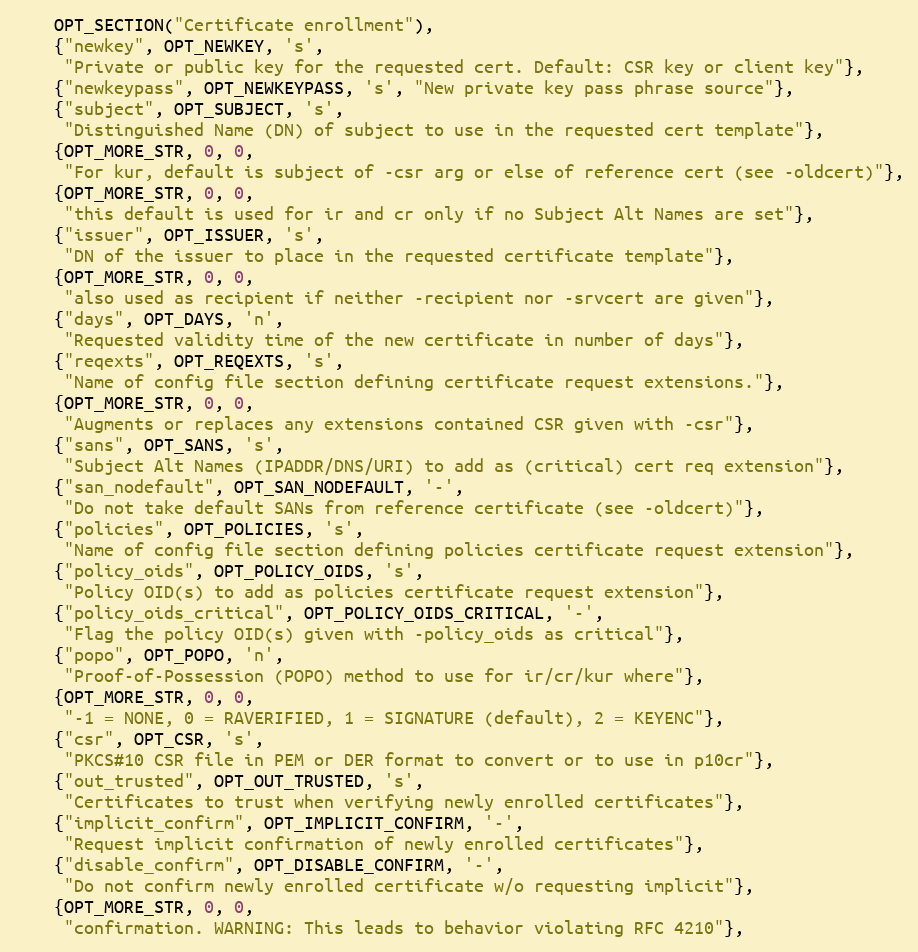
Language: C
    OPT_SECTION("Certificate enrollment"),
    {"newkey", OPT_NEWKEY, 's',
     "Private or public key for the requested cert. Default: CSR key or client key"},
    {"newkeypass", OPT_NEWKEYPASS, 's', "New private key pass phrase source"},
    {"subject", OPT_SUBJECT, 's',
     "Distinguished Name (DN) of subject to use in the requested cert template"},
    {OPT_MORE_STR, 0, 0,
     "For kur, default is subject of -csr arg or else of reference cert (see -oldcert)"},
    {OPT_MORE_STR, 0, 0,
     "this default is used for ir and cr only if no Subject Alt Names are set"},
    {"issuer", OPT_ISSUER, 's',
     "DN of the issuer to place in the requested certificate template"},
    {OPT_MORE_STR, 0, 0,
     "also used as recipient if neither -recipient nor -srvcert are given"},
    {"days", OPT_DAYS, 'n',
     "Requested validity time of the new certificate in number of days"},
    {"reqexts", OPT_REQEXTS, 's',
     "Name of config file section defining certificate request extensions."},
    {OPT_MORE_STR, 0, 0,
     "Augments or replaces any extensions contained CSR given with -csr"},
    {"sans", OPT_SANS, 's',
     "Subject Alt Names (IPADDR/DNS/URI) to add as (critical) cert req extension"},
    {"san_nodefault", OPT_SAN_NODEFAULT, '-',
     "Do not take default SANs from reference certificate (see -oldcert)"},
    {"policies", OPT_POLICIES, 's',
     "Name of config file section defining policies certificate request extension"},
    {"policy_oids", OPT_POLICY_OIDS, 's',
     "Policy OID(s) to add as policies certificate request extension"},
    {"policy_oids_critical", OPT_POLICY_OIDS_CRITICAL, '-',
     "Flag the policy OID(s) given with -policy_oids as critical"},
    {"popo", OPT_POPO, 'n',
     "Proof-of-Possession (POPO) method to use for ir/cr/kur where"},
    {OPT_MORE_STR, 0, 0,
     "-1 = NONE, 0 = RAVERIFIED, 1 = SIGNATURE (default), 2 = KEYENC"},
    {"csr", OPT_CSR, 's',
     "PKCS#10 CSR file in PEM or DER format to convert or to use in p10cr"},
    {"out_trusted", OPT_OUT_TRUSTED, 's',
     "Certificates to trust when verifying newly enrolled certificates"},
    {"implicit_confirm", OPT_IMPLICIT_CONFIRM, '-',
     "Request implicit confirmation of newly enrolled certificates"},
    {"disable_confirm", OPT_DISABLE_CONFIRM, '-',
     "Do not confirm newly enrolled certificate w/o requesting implicit"},
    {OPT_MORE_STR, 0, 0,
     "confirmation. WARNING: This leads to behavior violating RFC 4210"},